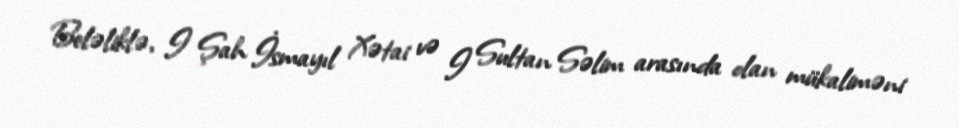
Beləliklə, I Şah İsmayıl Xətai və I Sultan Səlim arasında olan mükaliməni